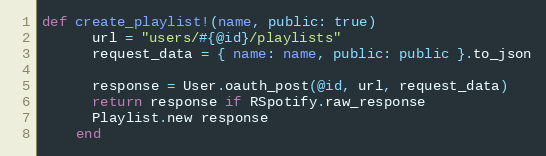
Language: Ruby
def create_playlist!(name, public: true)
      url = "users/#{@id}/playlists"
      request_data = { name: name, public: public }.to_json

      response = User.oauth_post(@id, url, request_data)
      return response if RSpotify.raw_response
      Playlist.new response
    end